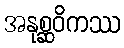
အနုစ္ဆဝိကဿ